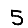
Digit: 5